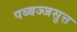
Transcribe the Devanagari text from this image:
पब्बज्जसुत्त